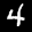
Label: 4